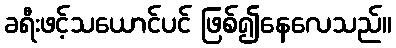
ခရီးဖင့်သယောင်ပင် ဖြစ်၍နေလေသည်။